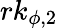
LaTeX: rk_{\phi,2}